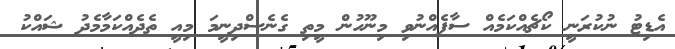
އެޑިޓު ނުކުރަނީ ކޯޗެއްކަމެއް ސާފެއްނުވި މިނޫހުން މީތި ގެނެސްދިނީމަ މިއީ ތެދެއްކަމާމެދު ޝައްކު